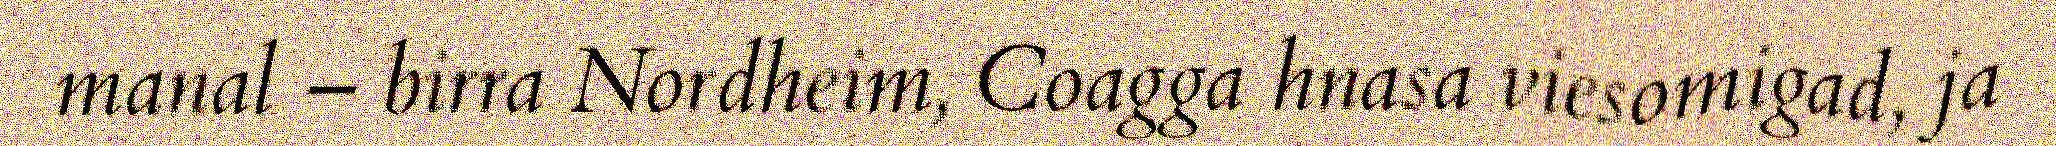
manal – birra Nordheim, Coagga hnasa viesomigad, ja